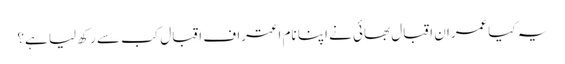
یہ کیاعمران اقبال بھائی نے اپنا نام اعتراف اقبال کب سے رکھ لیا ہے؟